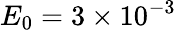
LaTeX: E_{0}=3\times 10^{-3}